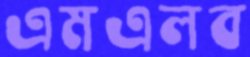
এমএলব